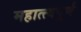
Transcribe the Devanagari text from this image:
महात्त्वपूर्ण